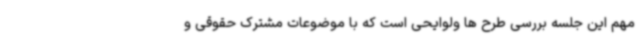
مهم این جلسه بررسی طرح ها ولوایحی است که با موضوعات مشترک حقوقی و